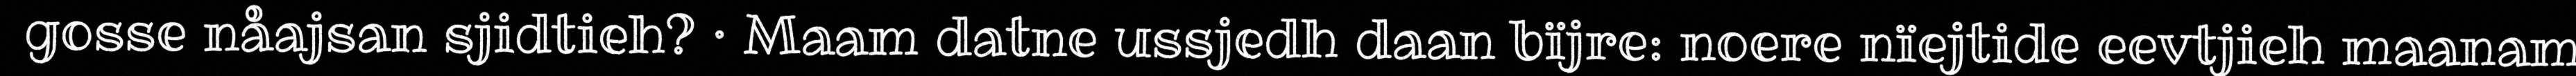
gosse nåajsan sjidtieh? · Maam datne ussjedh daan bïjre: noere nïejtide eevtjieh maanam